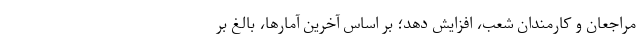
مراجعان و کارمندان شعب، افزایش دهد؛ بر اساس آخرین آمارها، بالغ بر